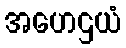
အဟေဌယံ